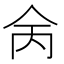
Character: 𠇮